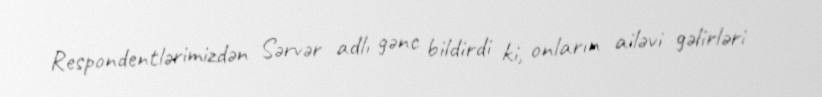
Respondentlərimizdən Sərvər adlı gənc bildirdi ki, onların ailəvi gəlirləri